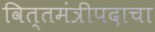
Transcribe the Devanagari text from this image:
वित्तमंत्रीपदाचा